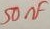
Text: 50nF